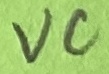
Text: VC